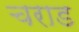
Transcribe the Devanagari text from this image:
चराड